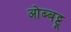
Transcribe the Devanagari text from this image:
ओब्बट्टू